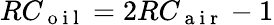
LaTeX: RC_{\mathrm{~o~i~l~}}=2RC_{\mathrm{~a~i~r~}}-1